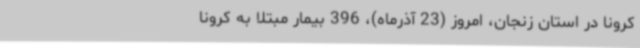
کرونا در استان زنجان، امروز (23 آذرماه)، 396 بیمار مبتلا به کرونا